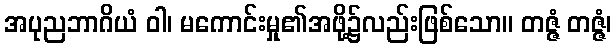
အပုညဘာဂိယံ ဝါ၊ မကောင်းမှု၏အဖို့၌လည်းဖြစ်သော။ တဇ္ဇံ တဇ္ဇံ၊